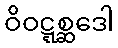
ဝိဝဋ္ဋစ္ဆဒေါ